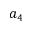
a _ { 4 }